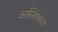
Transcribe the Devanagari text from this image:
अलियास